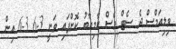
ވިލިއަމްސް ދެ ސެޓް ވެސް ކާމިޔާބު ކޮށްފައި ވަނީ 3-6 3-6 އިން